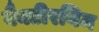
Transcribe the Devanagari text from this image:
बैक्टीरयिम